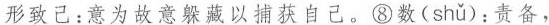
形致己：意为故意躲藏以捕获自己。⑧数( shǔ )：责备，